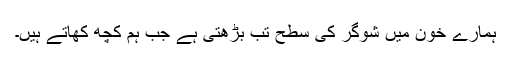
ہمارے خون میں شوگر کی سطح تب بڑھتی ہے جب ہم کچھ کھاتے ہیں۔